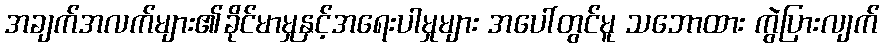
အချက်အလက်များ၏ခိုင်မာမှုနှင့်အရေးပါမှုများ အပေါ်တွင်မူ သဘောထား ကွဲပြားလျက်